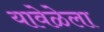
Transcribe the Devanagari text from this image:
यावेळेला